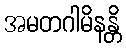
အမတဂါမိနန္တိ